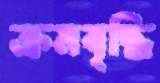
ক্রমবৃদ্ধি